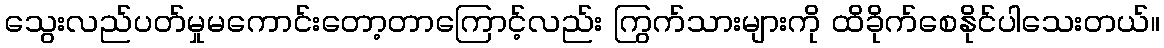
သွေးလည်ပတ်မှုမကောင်းတော့တာကြောင့်လည်း ကြွက်သားများကို ထိခိုက်စေနိုင်ပါသေးတယ်။